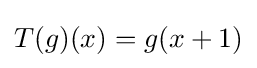
T(g)(x)=g(x+1)